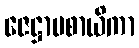
ဇေဋ္ဌာပစာယိကာ